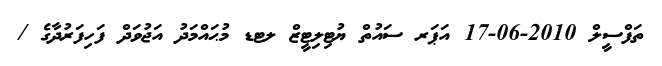
ތަފްސީލް 2010-06-17 އަޕަރ ސައުތް ޔުޓިލިޓީޒް ލޓޑ މުޙައްމަދު އަޖުވަދް ފަހިފަރުދާގެ /